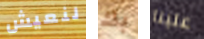
لنعيش بك علينا